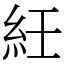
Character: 紝